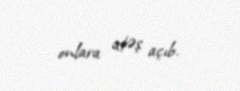
onlara atəş açıb.